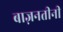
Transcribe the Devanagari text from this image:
बाज़नतीनी